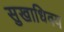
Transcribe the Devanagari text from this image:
सुखाधिक्य